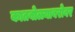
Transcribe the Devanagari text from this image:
कातबोळ्याबरोबर